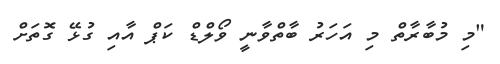
"މި މުބާރާތް މި އަހަރު ބާތްވާނީ ވޯލްޑް ކަޕް އާއި ގުޅޭ ގޮތަށް